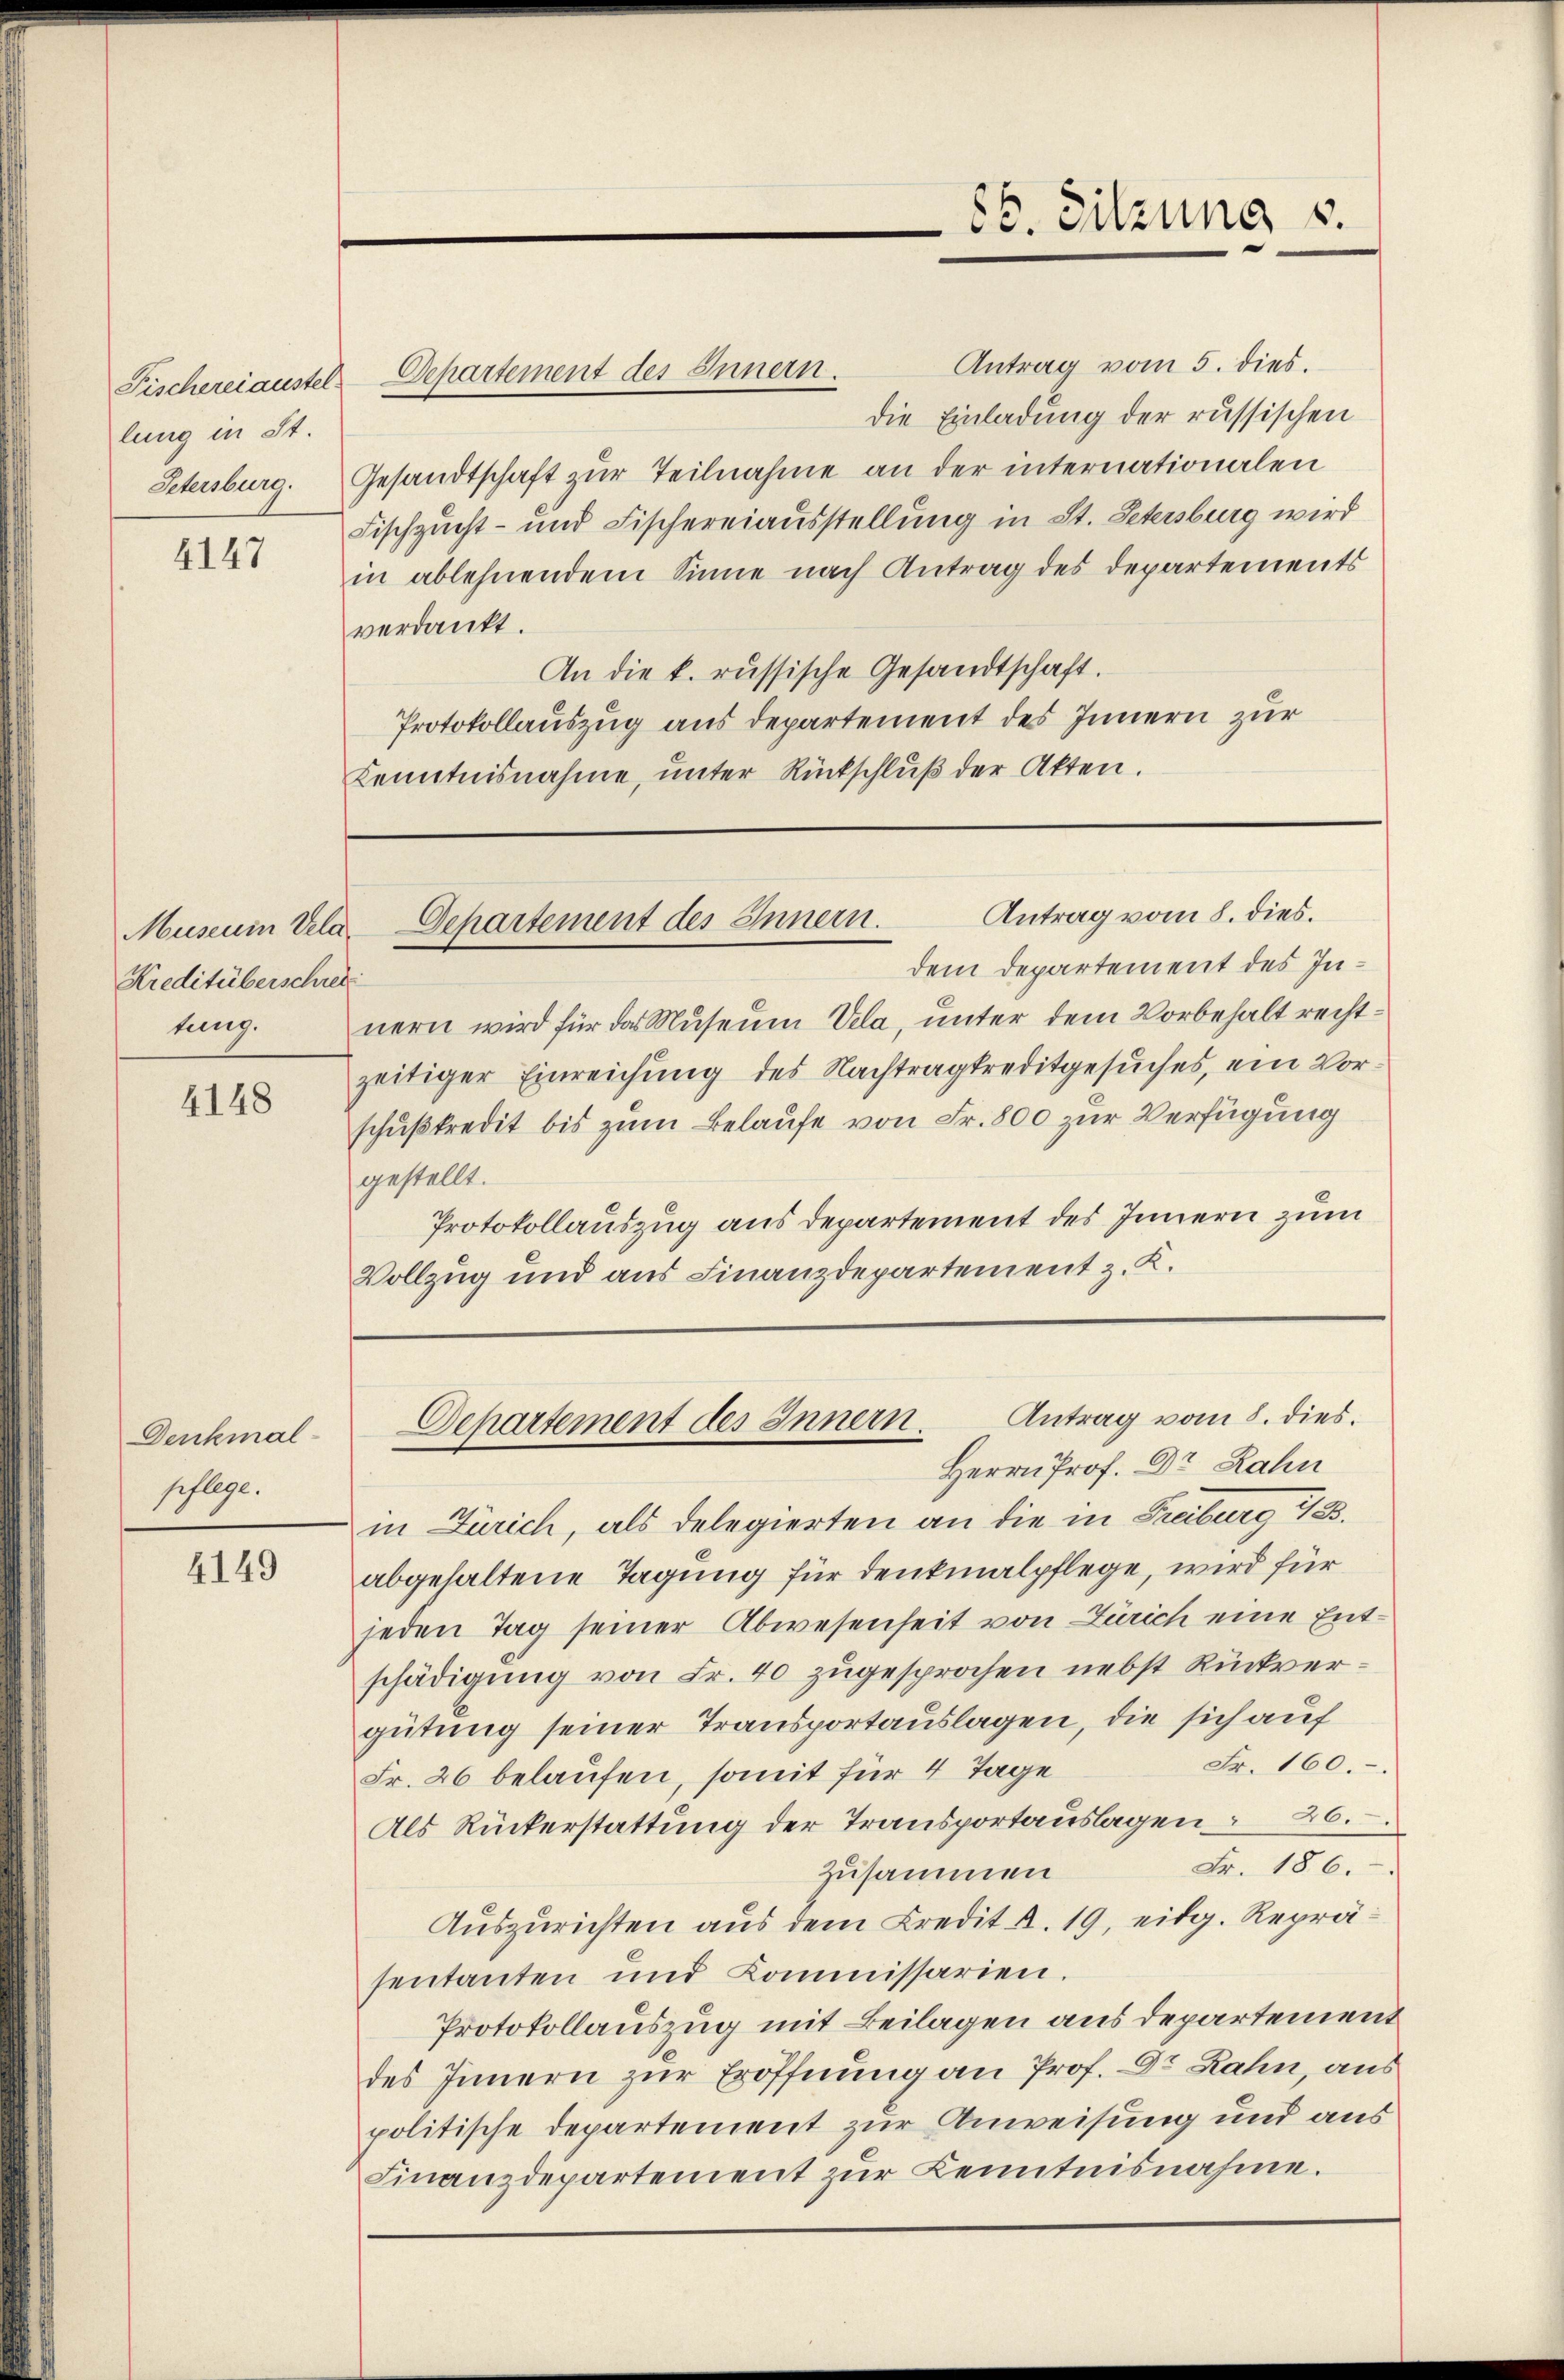
Fischereiaustel
lung in St.

4147

Museum Vela
Kreditüberschrei
tung.

4148

Denkmal
pflege.

4149

Departement des Innern.
Petersburg. Gesandtschaft zŭr Teilnahme an der internationalen
verdankt.

Antrag vom 5. dies.
die Einladung der russischen
Fischzucht- und Fischereiausstellung in St. Petersburg wird
in ablehnendem Sinne nach Antrag des Departements
An die k. russische Gesandtschaft.
Protokollauszug aus departement des Innern zur
Kenntnisnahme, unter Rückschluß der Akten.

dem Departement des Innern wird für das Museum Vela, unter dem Vorbehalt rechtzeitiger Einreichung des Nachtragtreditgesuches, ein Vorschußkredit bis zum Belaufe von Fr. 800 zur Verfügung
gestellt.
Protokollauszug aus departement des Innern zum
Vollzug und aus Finanzdepartement z. K.

Herrn Prof. Dr. Rahn
in Zürich, als Delegierten an die in Freiburg i/B.
abgehaltene Tagung für denkmalpflege, wird für
jeden Tag seiner Abwesenheit von Zürich eine Entschädigung von Fr. 40 zugesprochen nebst Rückvergütung seiner Transportauslagen, die sich auf
Fr. 160.
Fr. 26 belaufen, somit für 4 Tage
Als Rückerstattung der Transportauslagen 26.
Fr. 186.
zusammen
Auszurichten aus dem Credit d. 19, eidg. Repräsentanten und Commissarien.
Protokollauszug mit Beilagen aus departement
des Innern zur Eröffnung an Prof. Dr. Rahn, aus
politische Departement zur Anweisung und aus
Finanzdepartement zŭr Kenntnisnahme.

88. Sitzung u.

Antrag vom 8. dies.
Departement des Innern.

Antrag vom 8. dies.
Departement des Innern.